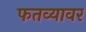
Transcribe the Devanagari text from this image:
फतव्यावर